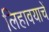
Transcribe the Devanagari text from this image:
लिहावयाचें